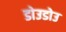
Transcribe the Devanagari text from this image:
डोउडोउ